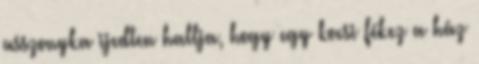
asszonyka ijedten hallja, hogy egy kocsi fékez a ház